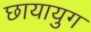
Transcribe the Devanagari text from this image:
छायायुग